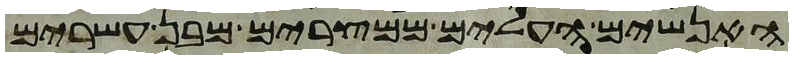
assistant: האנשים העלים ממצרים מבן עשרים